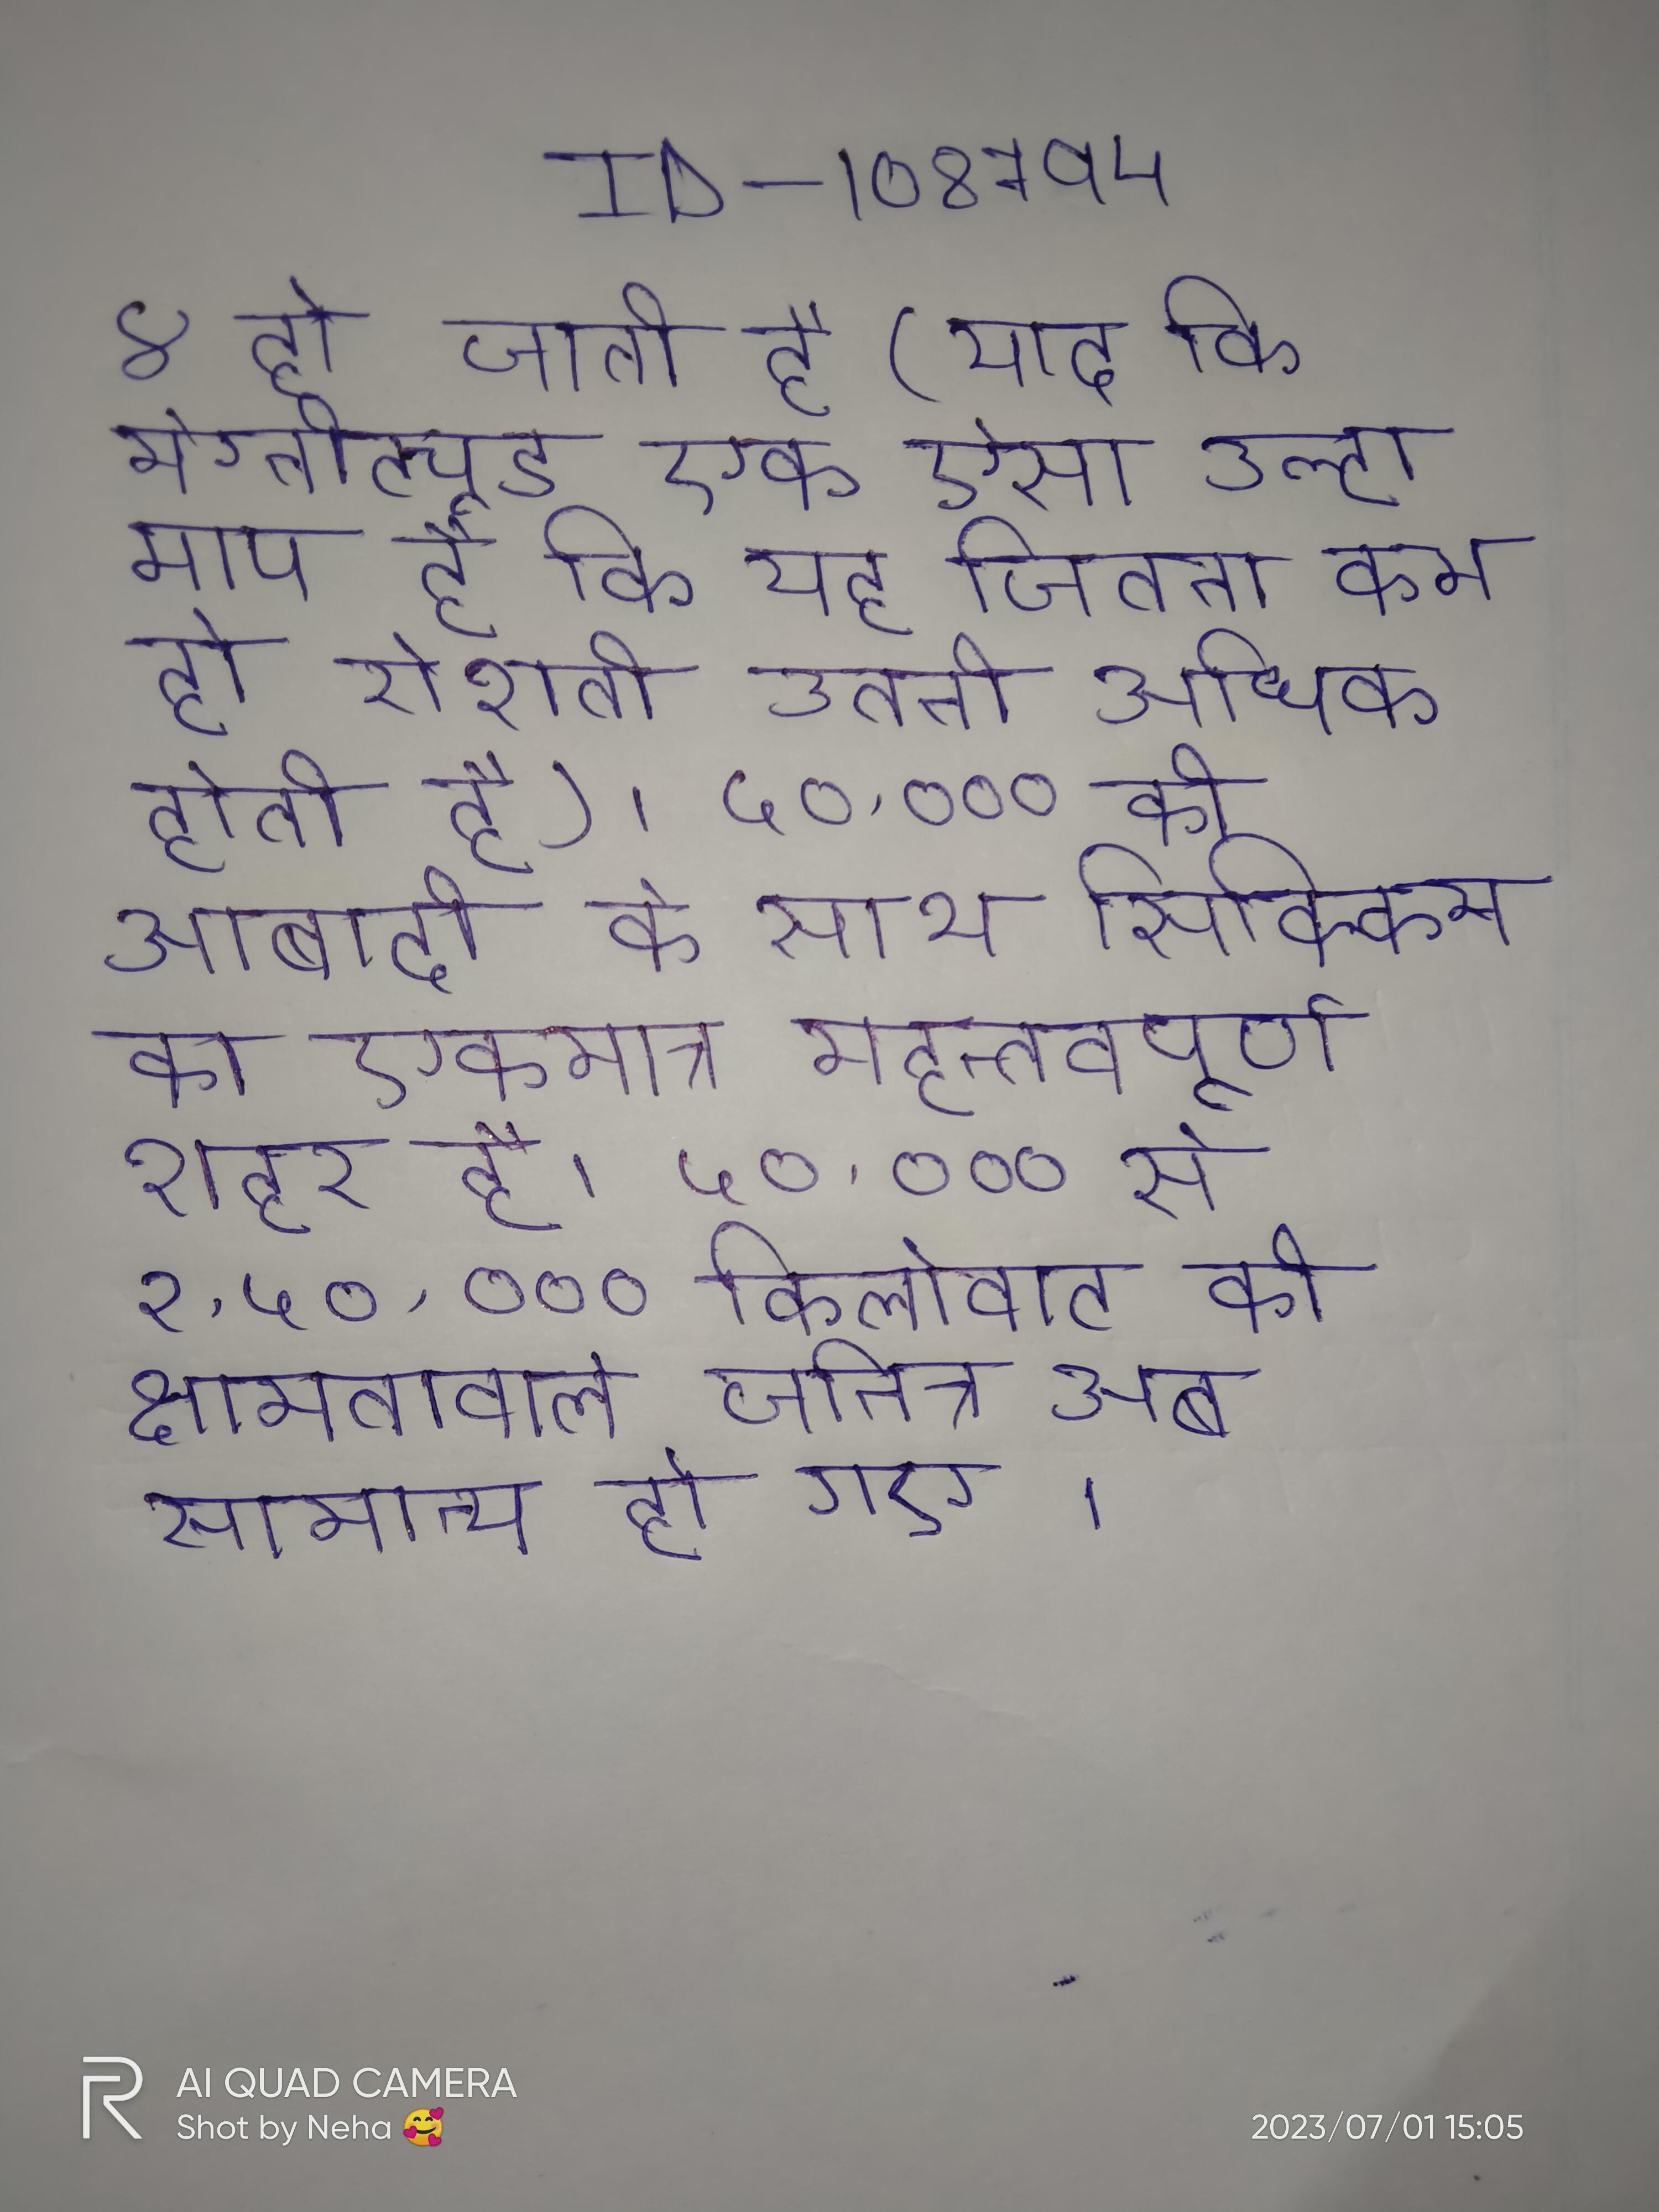
४ हो जाती है (याद कि मैग्नीट्यूड एक ऐसा उल्टा माप है कि यह जितना कम हो रोशनी उतनी अधिक होती है) । ५०,००० की आबादी के साथ सिक्किम का एकमात्र महत्तवपूर्ण शहर है । ५०,००० से १,५०,००० किलोवाट की क्षमतावाले जनित्र अब सामान्य हो गए ।